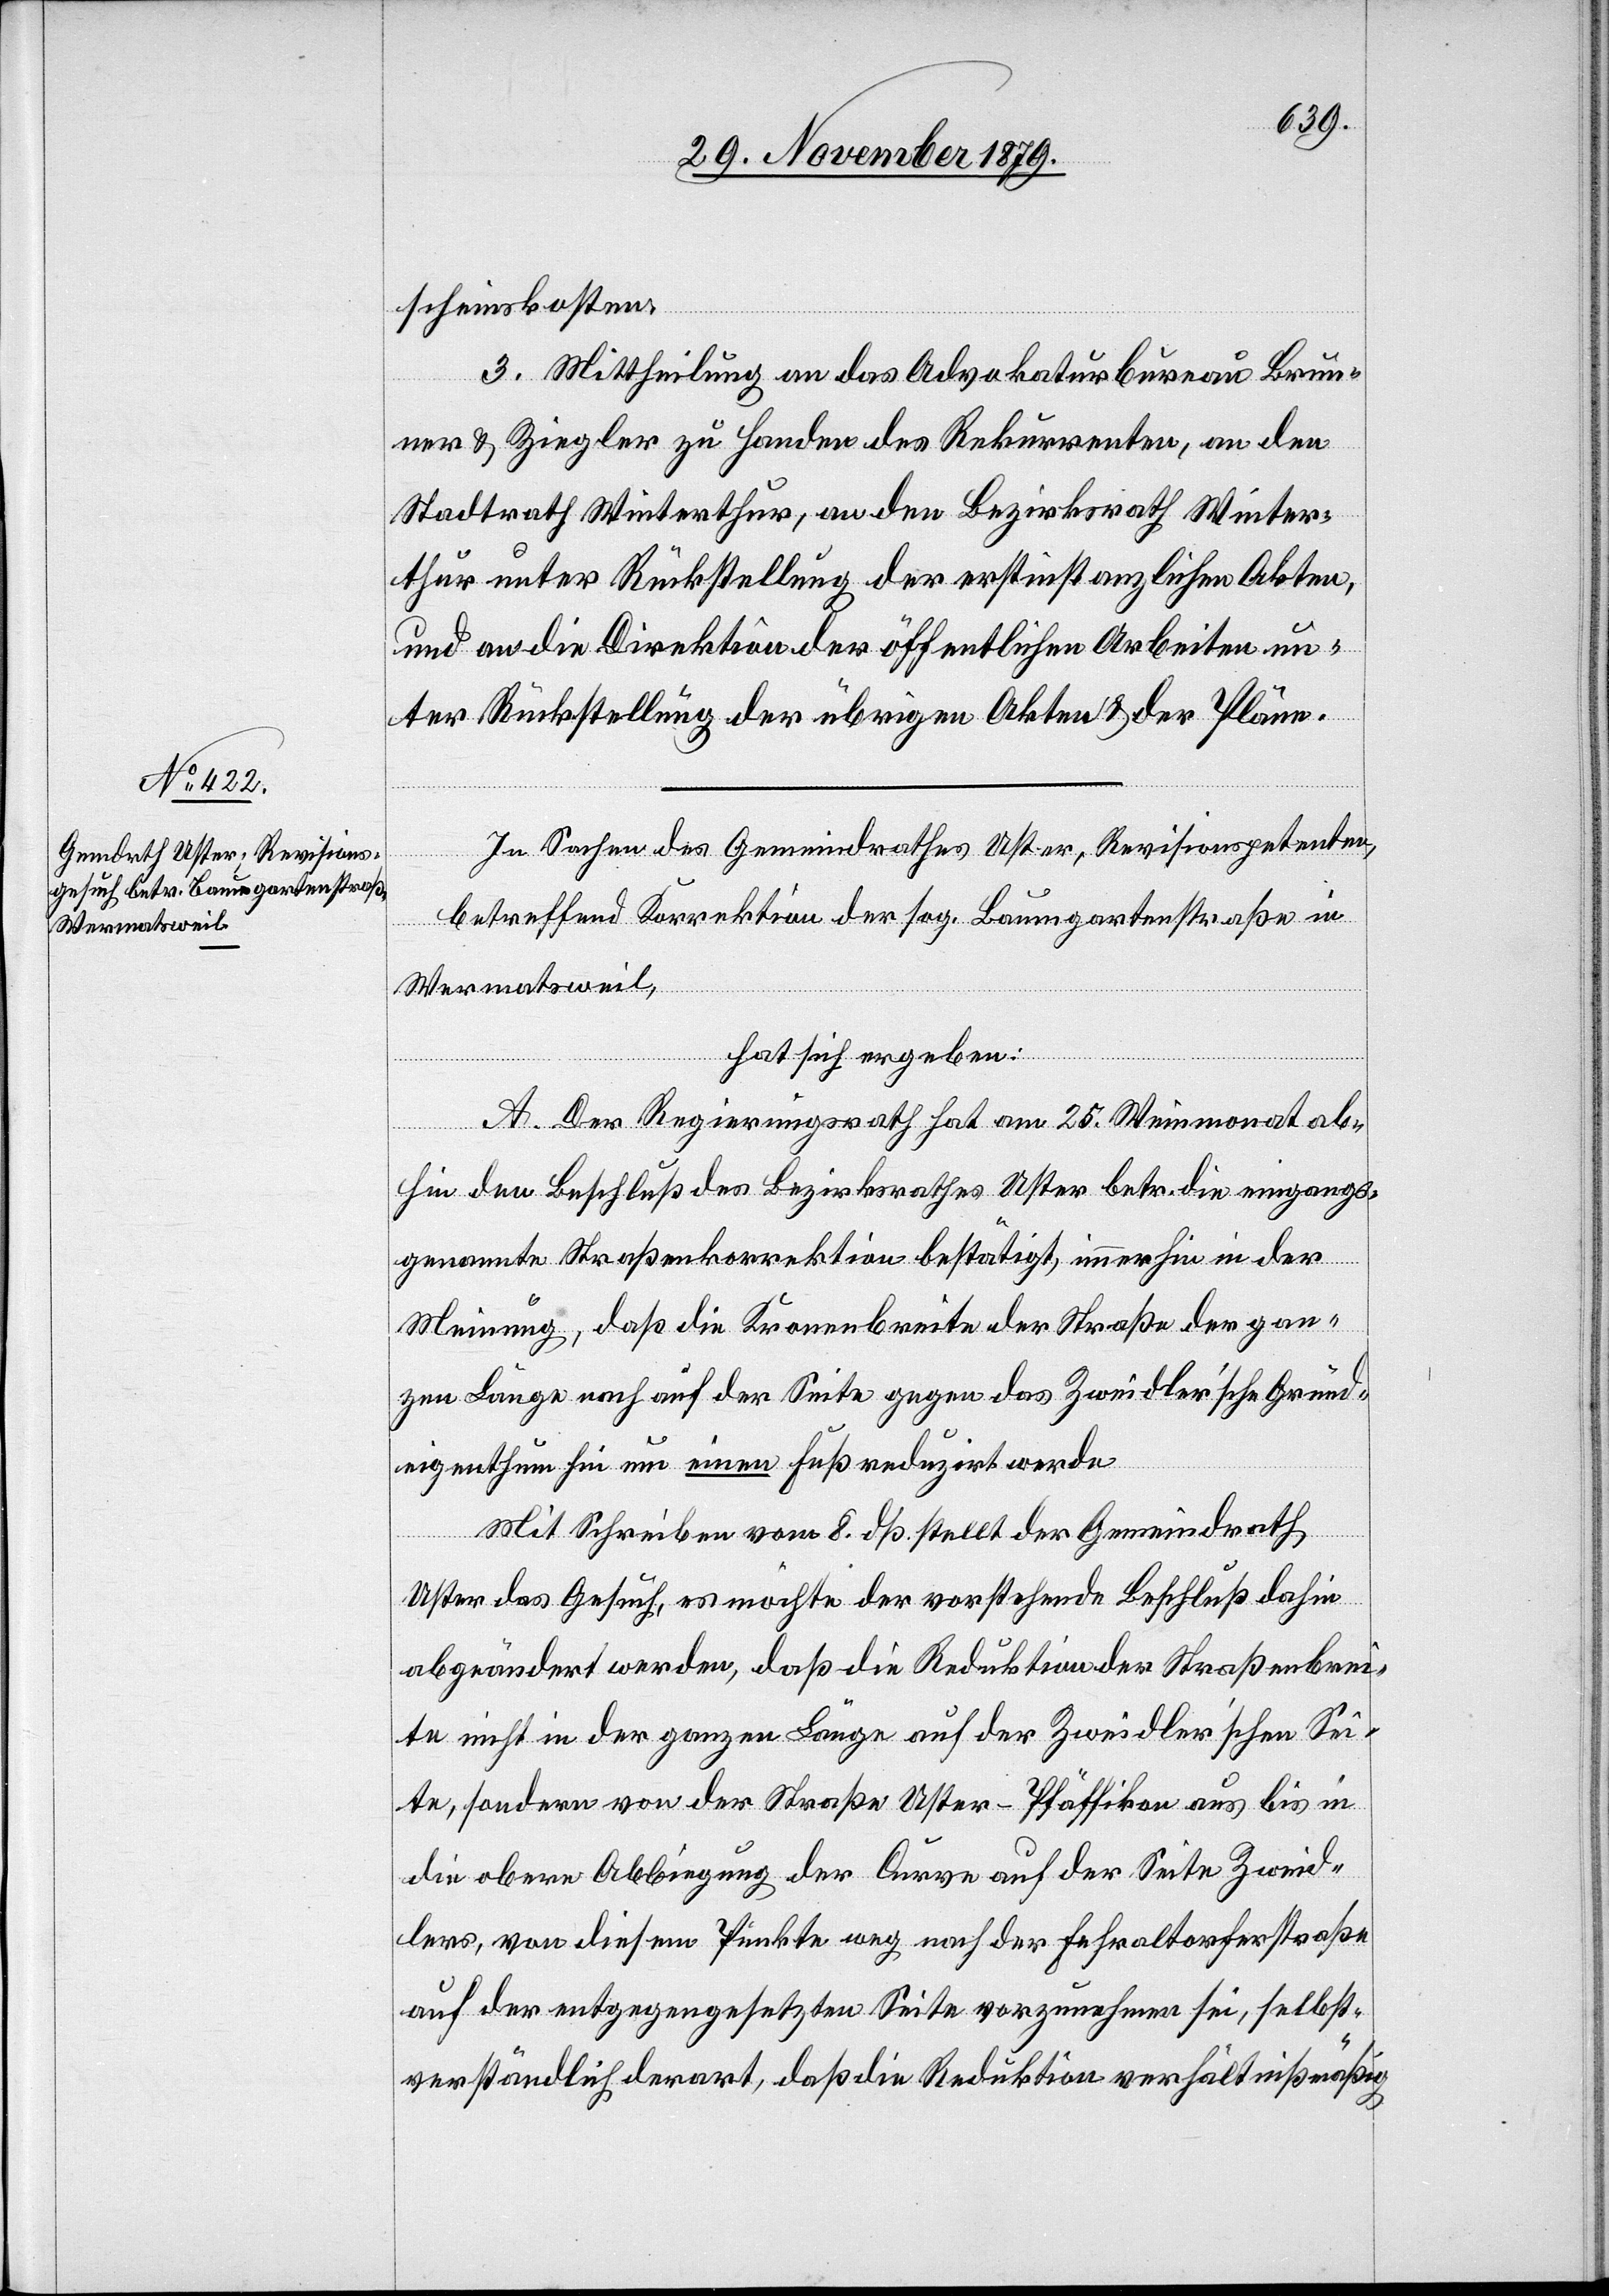
scheinskosten.
3. Mittheilung an das Advokaturbureau Brun¬
ner & Ziegler zu Handen des Rekurrenten, an den
Stadtrath Winterthur, an den Bezirksrath Winter¬
thur unter Rückstellung der erstinstanzlichen Akten,
und an die Direktion der öffentlichen Arbeiten un¬
ter Rückstellung der übrigen Akten & der Pläne.
In Sachen des Gemeindrathes Uster, Revisionspetenten,
betreffend Korrektion der sog. Baumgartenstraße in
Wermatsweil,
hat sich ergeben:
A. Der Regierungsrath hat am 25. Weinmonat ab¬
hin den Beschluß des Bezirksrathes Uster betr. die eingangs¬
genannte Straßenkorrektion bestätigt, immerhin in der
Meinung, daß die Kronenbreite der Straße der gan¬
zen Länge nach auf der Seite gegen das Zweidler’sche Grund¬
eigenthum hin um einen Fuß reduzirt werde.
Mit Schreiben vom 8. dß. stellt der Gemeindrath
Uster das Gesuch, es möchte der vorstehende Beschluß dahin
abgeändert werden, daß die Reduktion der Straßenbrei¬
te nicht in der ganzen Länge auf der Zweidler’schen Sei¬
te, sondern von der Straße Uster–Pfäffikon aus bis in
die obere Abbiegung der Curve auf der Seite Zweid¬
ler, von diesem Punkte weg nach der Fehraltorferstraße
auf der entgegengesetzten Seite vorzunehmen sei, selbst¬
verständlich derart, daß die Reduktion verhältnißmäßig